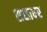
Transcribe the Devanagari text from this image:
सशाधर